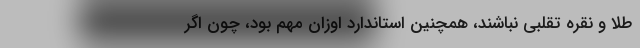
طلا و نقره تقلبي نباشند، همچنين استاندارد اوزان مهم بود، چون اگر